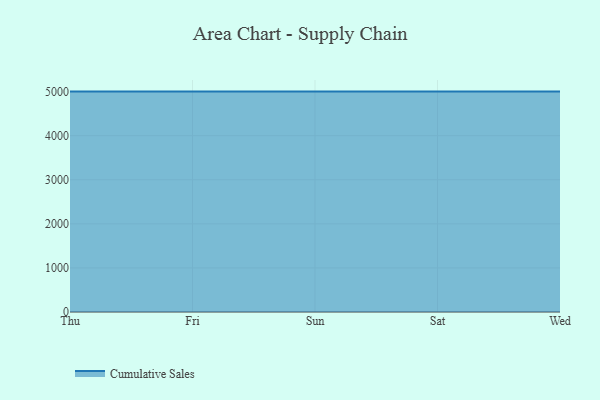
{"axis": {"x": "Day", "y": "Gross Profit (USD K)"}, "legend": ["Cumulative Sales"], "data": [{"x": "Thu", "y": 5000, "type": "Cumulative Sales"}, {"x": "Fri", "y": 5000, "type": "Cumulative Sales"}, {"x": "Sun", "y": 5000, "type": "Cumulative Sales"}, {"x": "Sat", "y": 5000, "type": "Cumulative Sales"}, {"x": "Wed", "y": 5000, "type": "Cumulative Sales"}]}